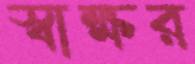
স্বাক্ষর